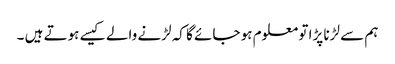
ہم سے لڑنا پڑا تو معلوم ہو جائے گا کہ لڑنے والے کیسے ہوتے ہیں ۔